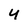
Character: 4